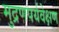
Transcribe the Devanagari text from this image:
मुद्रणपर्यवेक्षण